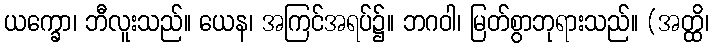
ယက္ခော၊ ဘီလူးသည်။ ယေန၊ အကြင်အရပ်၌။ ဘဂဝါ၊ မြတ်စွာဘုရားသည်။ (အတ္ထိ၊